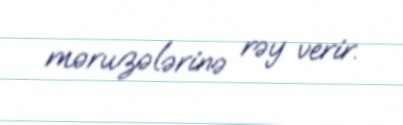
məruzələrinə rəy verir.